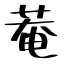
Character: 菴